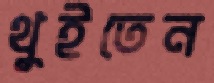
থুইতেন